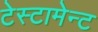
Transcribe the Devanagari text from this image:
टेस्टामेन्ट